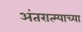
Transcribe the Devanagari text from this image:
अंतरात्म्याच्या